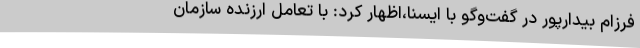
فرزام بیدارپور در گفت‌وگو با ایسنا،اظهار کرد: با تعامل ارزنده سازمان